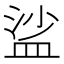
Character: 𥁲